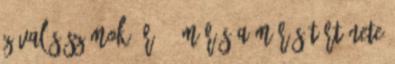
Z Valós számok: R 35 Mérés A mérés története